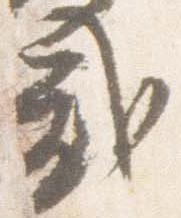
弐